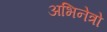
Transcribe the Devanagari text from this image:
अभिनेत्रो